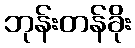
ဘုန်းတန်ခိုး